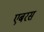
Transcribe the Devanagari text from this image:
एबरस